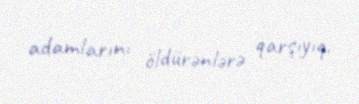
adamlarını öldürənlərə qarşıyıq.